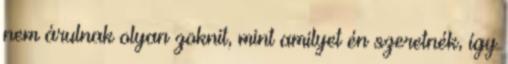
nem árulnak olyan zoknit, mint amilyet én szeretnék, így